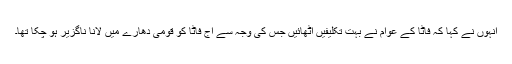
انہوں نے کہا کہ فاٹا کے عوام نے بہت تکلیفیں اٹھائیں جس کی وجہ سے آج فاٹا کو قومی دھارے میں لانا ناگزیر ہو چکا تھا۔